Indian journal of veterinary science and animal husbandry - Volume 3,
Year: 1933
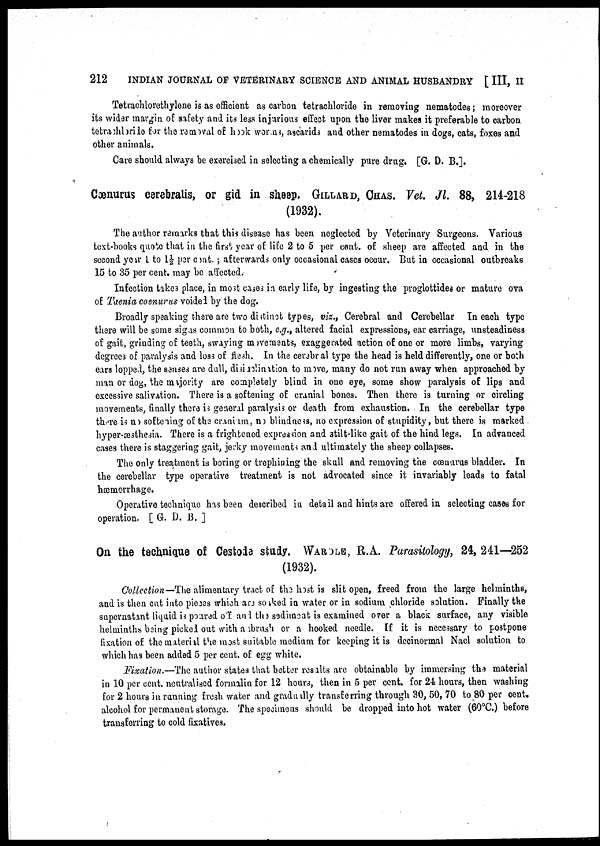
212
INDIAN JOURNAL OF VETERINARY SCIENCE AND ANIMAL HUSBANDRY [ III, II
Tetrachlorethylene is as efficient as carbon tetrachloride in removing nematodes; moreover
its wider margin of safety and its less injurious effect upon the liver makes it preferable to carbon
tetrachloride for the removal of hook worms, ascarids and other nematodes in dogs, cats, foxes and
other animals.
Care should always be exercised in selecting a chemically pure drug. [G. D. B.].
Cœnurus cerebralis, or gid in sheep. GILLARD, CHAS. Vet. Jl. 88, 214-218
(1932).
The author remarks that this disease has been neglected by Veterinary Surgeons. Various
text-books quote that in the first year of life 2 to 5 per cent. of sheep are affected and in the
second year 1 to 1½ per cent. ; afterwards only occasional cases occur. But in occasional outbreaks
15 to 35 per cent. may be affected.
Infection takes place, in most cases in early life, by ingesting the proglottides or mature ova
of Taenia coenurus voided by the dog.
Broadly speaking there are two distinct types, viz., Cerebral and Cerebellar In each type
there will be some sigas common to both, e.g., altered facial expressions, ear carriage, unsteadiness
of gait, grinding of teeth, swaying movements, exaggerated action of one or more limbs, varying
degrees of paralysis and loss of flesh. In the cerebral type the head is held differently, one or both
ears lopped, the senses are dull, disinclination to move, many do not run away when approached by
man or dog, the majority are completely blind in one eye, some show paralysis of lips and
excessive salivation. There is a softening of cranial bones. Then there is turning or circling
movements, finally there is general paralysis or death from exhaustion. In the cerebellar type
there is no softening of the cranium, no blindness, no expression of stupidity, but there is marked
hyper-æsthesia. There is a frightened expression and stilt-like gait of the hind legs. In advanced
cases there is staggering gait, jerky movements and ultimately the sheep collapses.
The only treatment is boring or trephining the skull and removing the cœnurus bladder. In
the cerebellar type operative treatment is not advocated since it invariably leads to fatal
hæmorrhage.
Operative technique has been described in detail and hints are offered in selecting cases for
operation. [ G. D. B. ]
On the technique of Cestode study. WAROLE, R.A. Parasitology, 24, 241—252
(1932).
Collection— The alimentary tract of the host is slit open, freed from the large helminths,
and is then cut into pieces which are soaked in water or in sodium chloride solution. Finally the
supernatant liquid is poured of and the sediment is examined over a black surface, any visible
helminths being picked out with aobrush or a hooked needle. If it is necessary to postpone
fixation of the material the most suitable medium for keeping it is decinormal Nacl solution to
which has been added 5 per cent. of egg white.
Fixation.—The author states that better results are obtainable by immersing the material
in 10 per cent. neutralised formalin for 12 hours, then in 5 per cent. for 24 hours, then washing
for 2 hours in running fresh water and gradually transferring through 30, 50, 70 to 80 per cent.
alcohol for permanent storage. The specimens should be dropped into hot water (60°C.) before
transferring to cold fixatives.